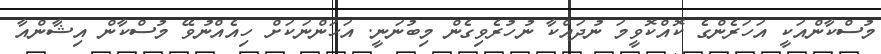
މުސްކާންއަކީ އަހަރެންގެ ކޮއްކޮވީމަ ނުދައްކާ ނުހުރެވިގެން މިބުނަނީ. އަހަންނަކަށް ހިއެއްނުވޭ މުސްކާން އިޝާންއާ